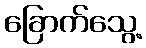
ခြောက်သွေ့